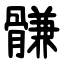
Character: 䯡